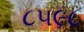
૮૫૯૮